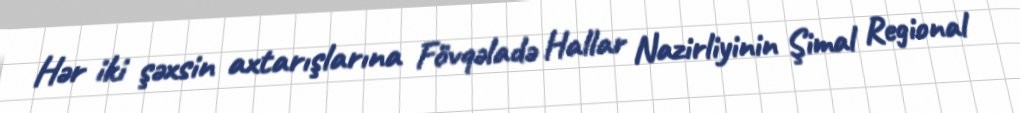
Hər iki şəxsin axtarışlarına Fövqəladə Hallar Nazirliyinin Şimal Regional